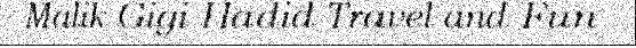
Malik Gigi Hadid Travel and Fun